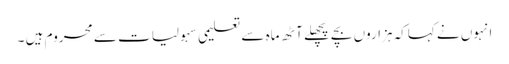
انہوں نے کہاکہ ہزاروں بچے پچھلے آٹھ ماہ سے تعلیمی سہولیات سے محروم ہیں ۔